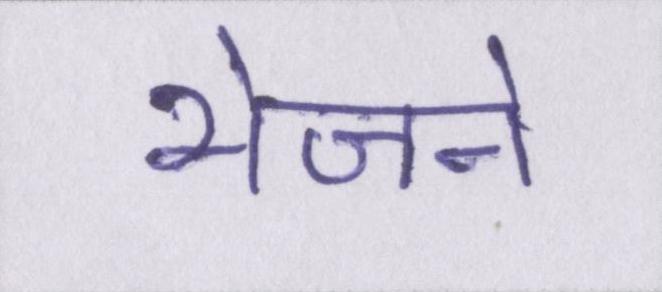
भेजने